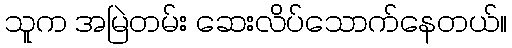
သူက အမြဲတမ်း ဆေးလိပ်သောက်နေတယ်။